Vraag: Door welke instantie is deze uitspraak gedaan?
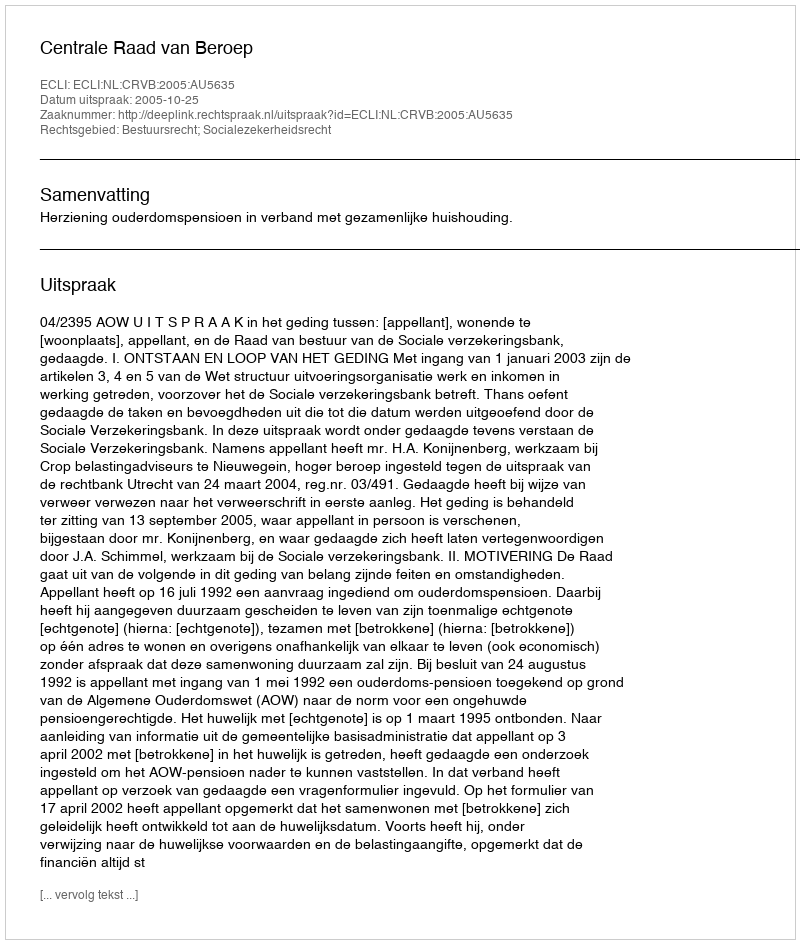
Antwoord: Centrale Raad van Beroep